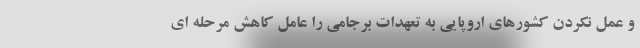
و عمل نکردن کشورهای اروپایی به تعهدات برجامی را عامل کاهش مرحله ای